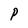
Character: P